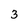
Character: 3